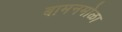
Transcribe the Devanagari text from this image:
बामनमोळा